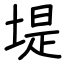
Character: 堤